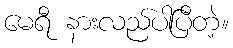
မေရီ နားလည်ပါပြီတဲ့။